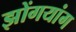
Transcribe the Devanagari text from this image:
झोंगयांग